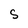
Character: S